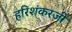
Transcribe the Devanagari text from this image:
हरिशंकरजी